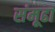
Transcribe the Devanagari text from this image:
संमूढा